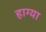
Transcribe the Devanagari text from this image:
हाग्या